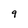
Character: 9